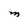
Character: M